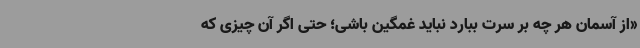
«از آسمان هر چه بر سرت ببارد نباید غمگین باشی؛ حتی اگر آن چیزی که